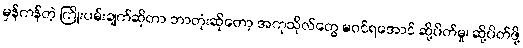
မှန်ကန်တဲ့ ကြိုးပမ်းချက်ဆိုတာ ဘာတုံးဆိုတော့ အကုသိုလ်တွေ မဝင်ရအောင် ဆို့ပိတ်မှု၊ ဆို့ပိတ်ဖို့